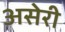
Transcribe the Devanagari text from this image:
असेरी